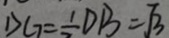
D C _ { 7 } = \frac { 1 } { 2 } D B = \sqrt { 3 }